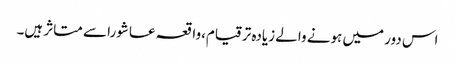
اس دور میں ہونے والے زیادہ ترقیام،واقعہ عاشورا سے متاثر ہیں۔